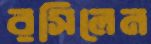
রসিলেন